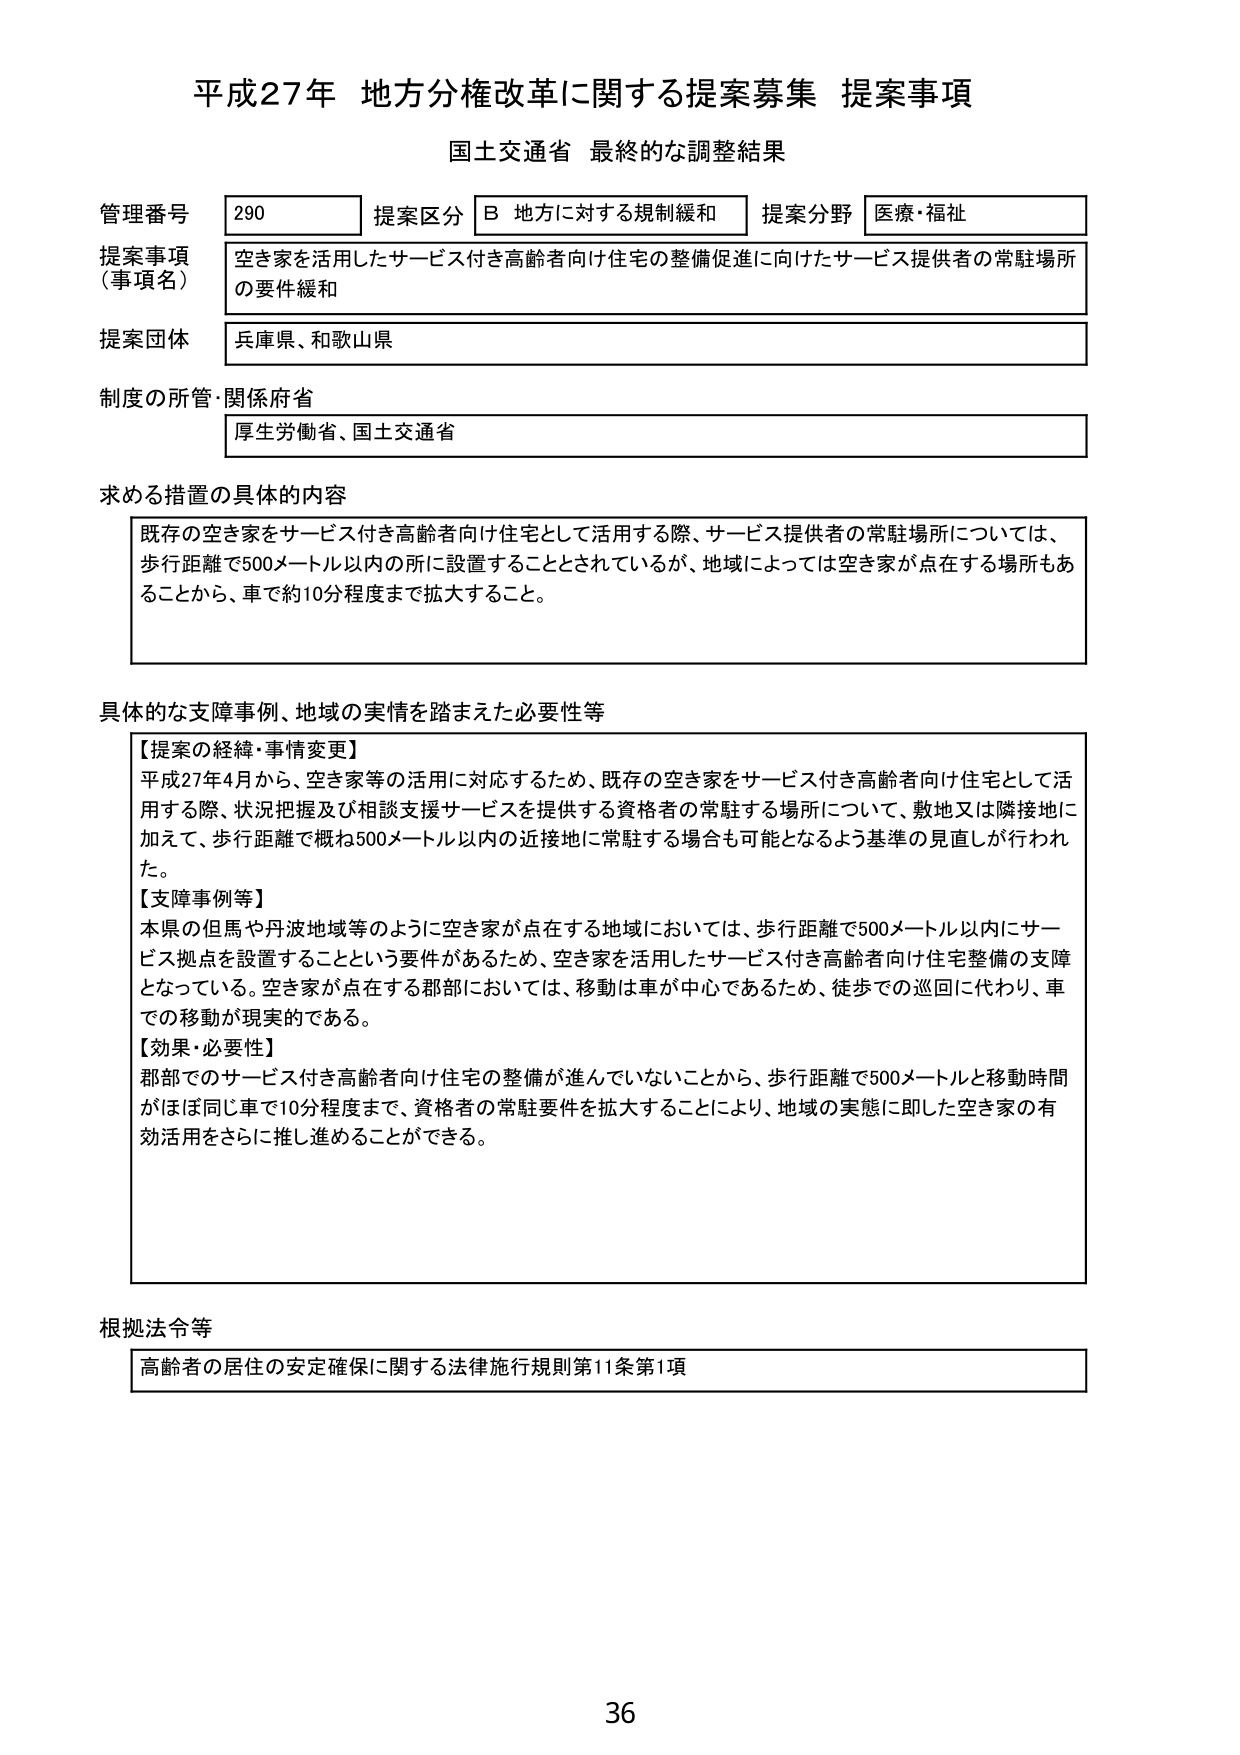
平成27年 地方分権改革に関する提案募集 提案事項
国土交通省 最終的な調整結果

管理番号 290
提案区分 B 地方に対する規制緩和
提案分野 医療・福祉

提案事項（事項名）
空き家を活用したサービス付き高齢者向け住宅の整備促進に向けたサービス提供者の常駐場所の要件緩和

提案団体
兵庫県、和歌山県

制度の所管・関係府省
厚生労働省、国土交通省

求める措置の具体的内容
既存の空き家をサービス付き高齢者向け住宅として活用する際、サービス提供者の常駐場所については、歩行距離で500メートル以内の所に設置することとされているが、地域によっては空き家が点在する場所もあることから、車で約10分程度まで拡大すること。

具体的な支障事例、地域の実情を踏まえた必要性等
【提案の経緯・事情変更】
平成27年4月から、空き家等の活用に対応するため、既存の空き家をサービス付き高齢者向け住宅として活用する際、状況把握及び相談支援サービスを提供する資格者の常駐する場所について、敷地又は隣接地に加えて、歩行距離で概ね500メートル以内の近接地に常駐する場合も可能となるよう基準の見直しが行われた。
【支障事例等】
本県の但馬や丹波地域等のように空き家が点在する地域においては、歩行距離で500メートル以内にサービス拠点を設置することという要件があるため、空き家を活用したサービス付き高齢者向け住宅整備の支障となっている。空き家が点在する郡部においては、移動は車が中心であるため、徒歩での巡回に代わり、車での移動が現実的である。
【効果・必要性】
郡部でのサービス付き高齢者向け住宅の整備が進んでいないことから、歩行距離で500メートルと移動時間がほぼ同じ車で10分程度まで、資格者の常駐要件を拡大することにより、地域の実態に即した空き家の有効活用をさらに推し進めることができる。

根拠法令等
高齢者の居住の安定確保に関する法律施行規則第11条第1項

36